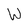
Character: W